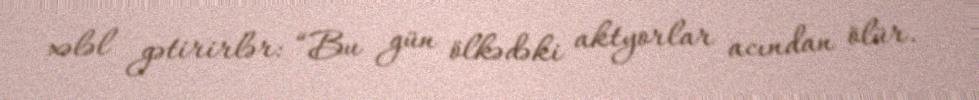
xələl gətirirlər: “Bu gün ölkədəki aktyorlar acından ölür.